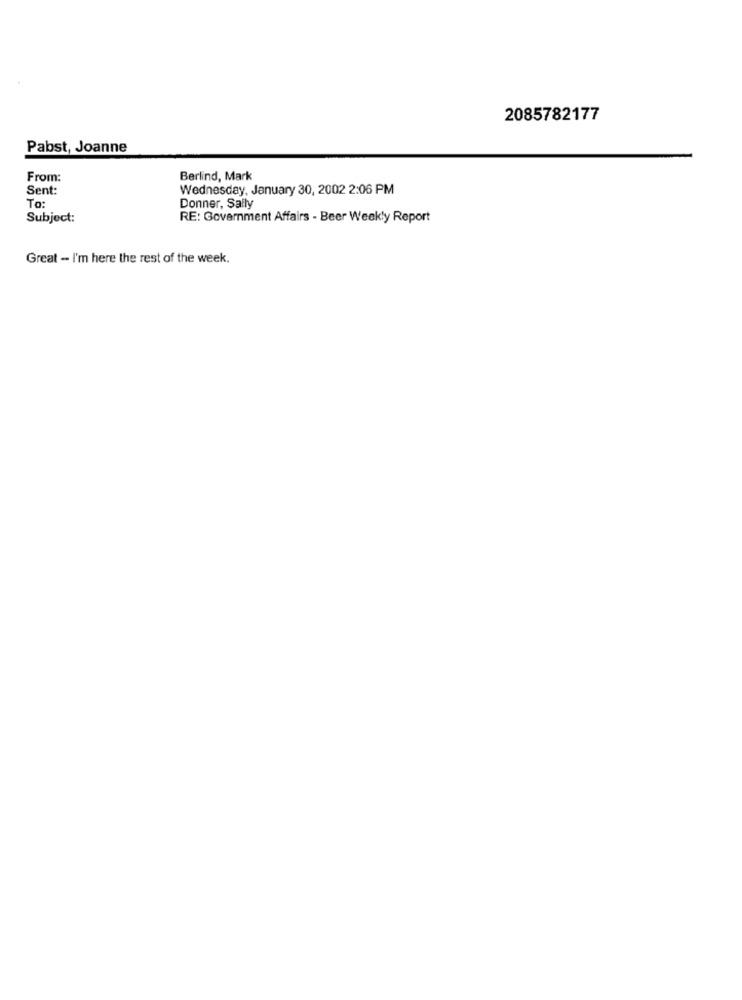
2085782177
Pabst, Joanne
From:
Berlind, Mark
Sent:
Wednesday, January 30, 2002 2:06 PM
To:
Donner, Sally
Subject:
RE: Government Affairs - Beer Weekly Report
Great - I'm here the rest of the week.